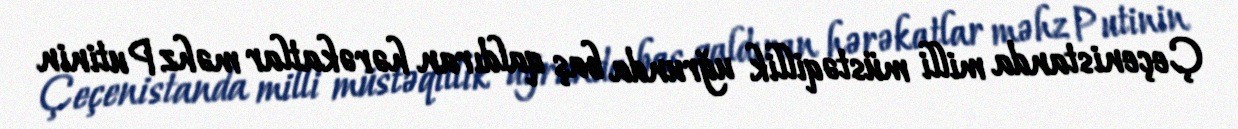
Çeçenistanda milli müstəqillik uğrunda baş qaldıran hərəkatlar məhz Putinin